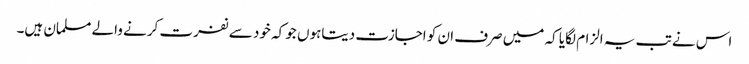
اس نے تب یہ الزام لگایا کہ میں صرف ان کو اجازت دیتاہوں جو کہ خود سے نفرت کرنے والے مسلمان ہیں۔